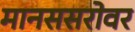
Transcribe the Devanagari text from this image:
मानससरोवर